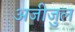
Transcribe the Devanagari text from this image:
अजीजुल